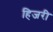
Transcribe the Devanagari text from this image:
हिजरी